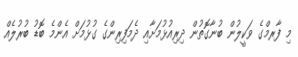
މި ފާރމްގެ ވަކީލުން ބުނާގޮތުން ދިރިއުޅުމަށާއި ދެމަފިރިންގެ ގުޅުމަށް އެންމެ ބޮޑު ބުރުލެއް